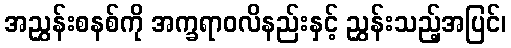
အညွှန်းစနစ်ကို အက္ခရာဝလိနည်းနှင့် ညွှန်းသည့်အပြင်၊